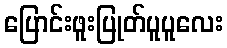
ပြောင်းဖူးပြုတ်ပူပူလေး